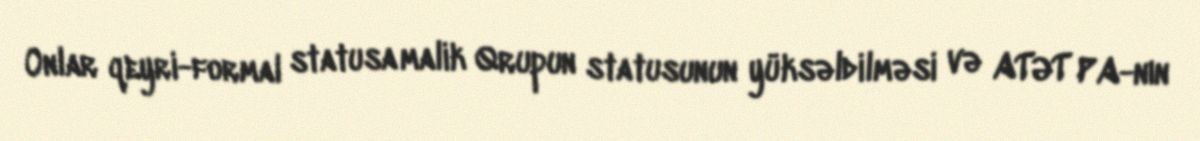
Onlar qeyri-formal statusa malik Qrupun statusunun yüksəldilməsi və ATƏT PA-nın